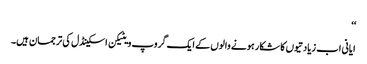
‘‘
ایانی اب زیادتیوں کا شکار ہونے والوں کے ایک گروپ ویٹیکن اسکینڈل کی ترجمان ہیں۔